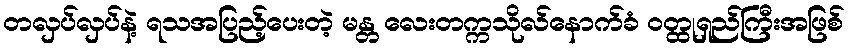
တလှပ်လှပ်နဲ့ ရသအပြည့်ပေးတဲ့ မန္တ လေးတက္ကသိုလ်နောက်ခံ ဝတ္ထုရှည်ကြီးအဖြစ်